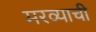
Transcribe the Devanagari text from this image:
मरव्याची